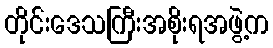
တိုင်းဒေသကြီးအစိုးရအဖွဲ့က